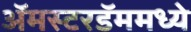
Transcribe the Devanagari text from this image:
अॅमस्टरडॅममध्ये